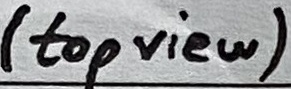
Text: (top view)